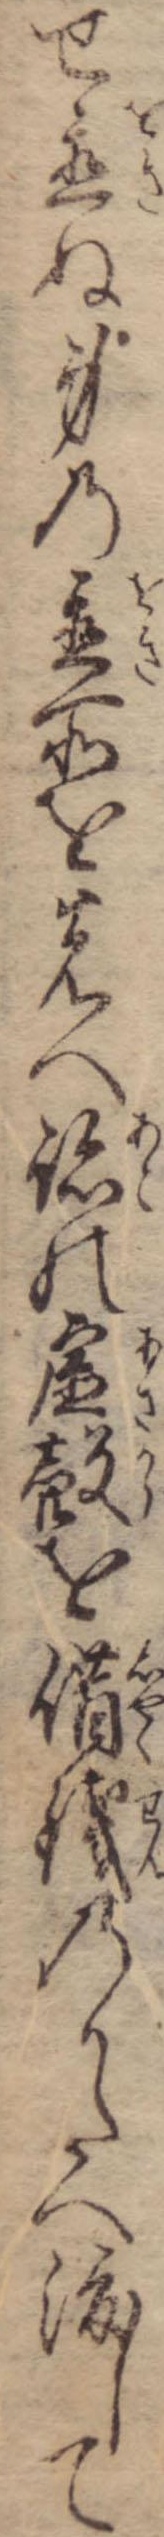
せ置ぬ身の置所を先へ跡の虚殻を借銭のかたへ渡して